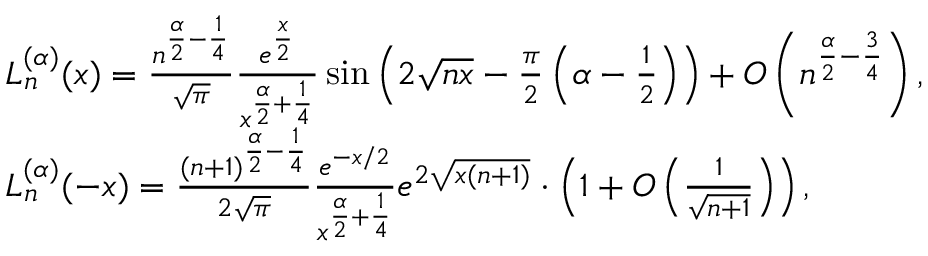
{ \begin{array} { r l } & { L _ { n } ^ { ( \alpha ) } ( x ) = { \frac { n ^ { { \frac { \alpha } { 2 } } - { \frac { 1 } { 4 } } } } { \sqrt { \pi } } } { \frac { e ^ { \frac { x } { 2 } } } { x ^ { { \frac { \alpha } { 2 } } + { \frac { 1 } { 4 } } } } } \sin \left( 2 { \sqrt { n x } } - { \frac { \pi } { 2 } } \left( \alpha - { \frac { 1 } { 2 } } \right) \right) + O \left( n ^ { { \frac { \alpha } { 2 } } - { \frac { 3 } { 4 } } } \right) , } \\ & { L _ { n } ^ { ( \alpha ) } ( - x ) = { \frac { ( n + 1 ) ^ { { \frac { \alpha } { 2 } } - { \frac { 1 } { 4 } } } } { 2 { \sqrt { \pi } } } } { \frac { e ^ { - x / 2 } } { x ^ { { \frac { \alpha } { 2 } } + { \frac { 1 } { 4 } } } } } e ^ { 2 { \sqrt { x ( n + 1 ) } } } \cdot \left( 1 + O \left( { \frac { 1 } { \sqrt { n + 1 } } } \right) \right) , } \end{array} }